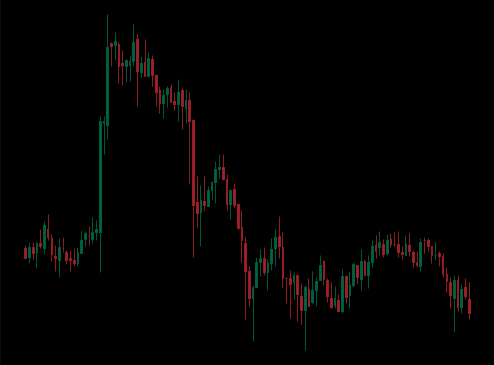
Pattern: unclassified